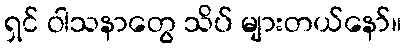
ရှင် ဝါသနာတွေ သိပ် များတယ်နော်။